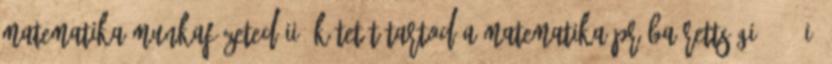
matematika-munkafüzeted II. kötetét tartod a MATEMATIKA PRÓBAÉRETTSÉGI 2013 I.